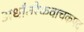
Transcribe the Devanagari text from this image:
अर्धांतरैकवाचकपद